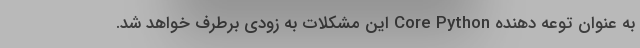
به عنوان توعه دهنده Core Python این مشکلات به زودی برطرف خواهد شد.